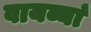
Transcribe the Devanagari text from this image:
वायव्यां